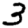
Digit: 3